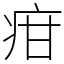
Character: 疳